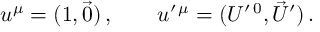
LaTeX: u ^ { \mu } = ( 1 , \vec { 0 } ) \, , \qquad u ^ { \prime \, \mu } = ( U ^ { \prime \, 0 } , \vec { U } ^ { \prime } ) \, .